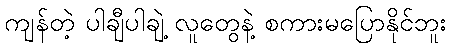
ကျန်တဲ့ ပါချီပါချဲ့ လူတွေနဲ့ စကားမပြောနိုင်ဘူး